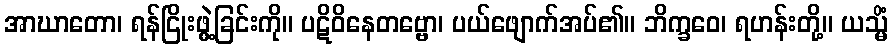
အာဃာတော၊ ရန်ငြိုးဖွဲ့ခြင်းကို။ ပဋိဝိနေတဗ္ဗော၊ ပယ်ဖျောက်အပ်၏။ ဘိက္ခဝေ၊ ရဟန်းတို့။ ယသ္မိံ